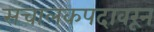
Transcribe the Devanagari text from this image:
संचालकपदावरून